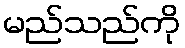
မည်သည်ကို